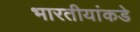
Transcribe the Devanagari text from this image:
भारतीयांकडे